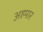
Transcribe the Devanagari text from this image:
अहमार